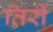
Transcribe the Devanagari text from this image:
तिरीं